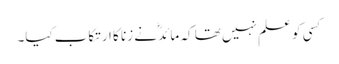
کسی کو علم نہیں تھا کہ مائدؓ نے زنا کا ارتکاب کیا۔